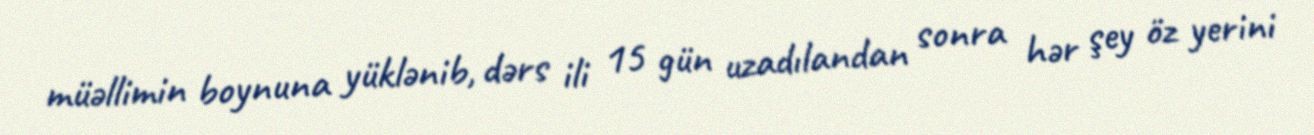
müəllimin boynuna yüklənib, dərs ili 15 gün uzadılandan sonra hər şey öz yerini